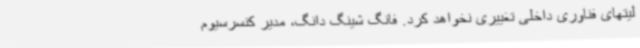
لیتهای فناوری داخلی تغییری نخواهد کرد. فانگ شینگ دانگ، مدیر کنسرسیوم